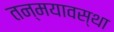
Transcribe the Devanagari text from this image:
तन्मयावस्था